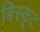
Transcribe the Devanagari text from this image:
बिस्कूट